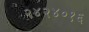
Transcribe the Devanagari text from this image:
२४२४०१६